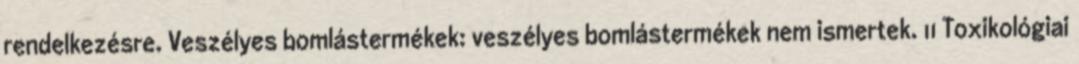
rendelkezésre. Veszélyes bomlástermékek: veszélyes bomlástermékek nem ismertek. 11 Toxikológiai